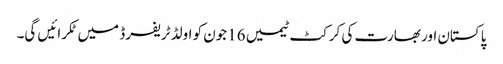
پاکستان اور بھارت کی کرکٹ ٹیمیں 16جون کو اولڈ ٹریفرڈ میں ٹکرائیں گی۔